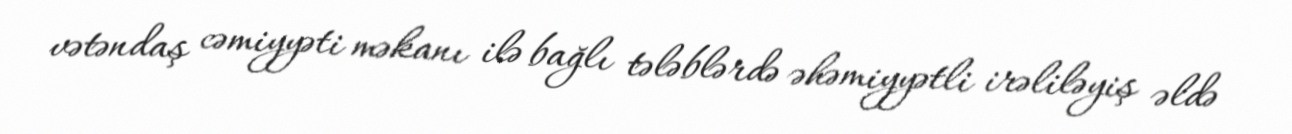
vətəndaş cəmiyyəti məkanı ilə bağlı tələblərdə əhəmiyyətli irəliləyiş əldə